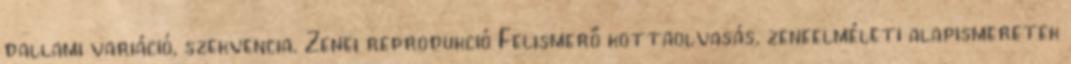
dallami variáció, szekvencia. Zenei reprodukció Felismerő kottaolvasás, zeneelméleti alapismeretek